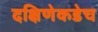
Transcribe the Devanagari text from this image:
दक्षिणेकडेच